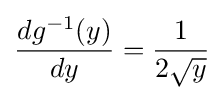
{\frac {dg^{-1}(y)}{dy}}={\frac {1}{2{\sqrt {y}}}}